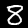
Digit: 8